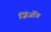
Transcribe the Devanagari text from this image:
ज़िंजोंग